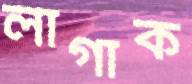
লাগাক